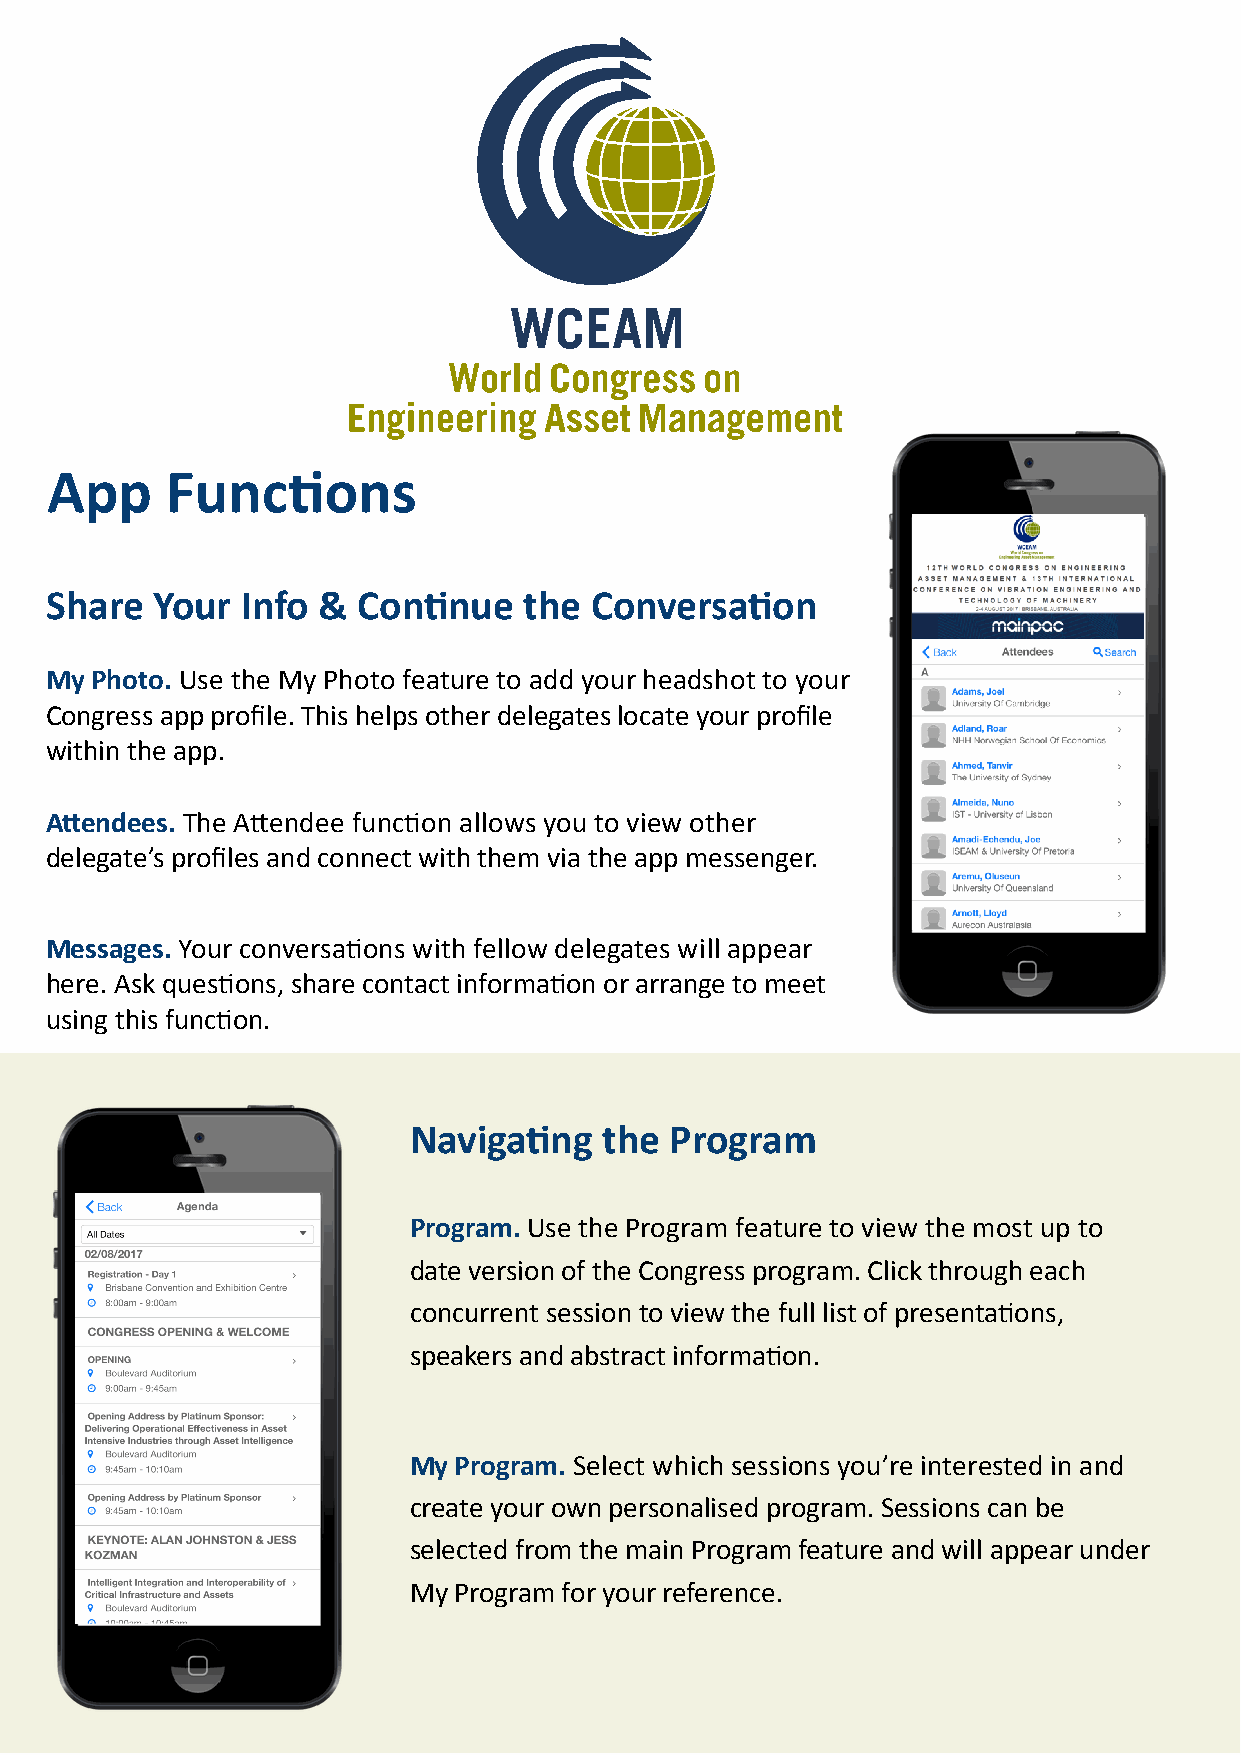
App     Functions
 Share  Your  Info &  Continue   the Conversation
 My Photo. Use the My Photo feature to add your headshot to your
 Congress app profile. This helps other delegates locate your profile
 within the app.
 Attendees. The Attendee function allows you to view other
 delegate’s profiles and connect with them via the app messenger.
 Messages. Your conversations with fellow delegates will appear
 here. Ask questions, share contact information or arrange to meet
 using this function.
 Navigating   the Program
 Program. Use the Program feature to view the most up to
 date version of the Congress program. Click through each
 concurrent session to view the full list of presentations,
 speakers and abstract information.
 My Program. Select which sessions you’re interested in and
 create your own personalised program. Sessions can be
 selected from the main Program feature and will appear under
 My Program for your reference.